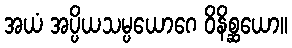
အယံ အပ္ပိယသမ္ပယောဂေ ဝိနိစ္ဆယော။